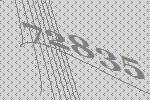
72835